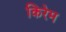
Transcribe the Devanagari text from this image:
किरेम